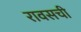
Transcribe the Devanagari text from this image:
रावसची